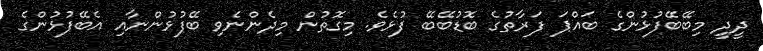
ދީދީ މިބޭބޭފުޅުންގެ ބައްޕަ ފަރާތުގެ ބޮޑުބޭބޭ ފުޅެވެ. މިގޮތުން މިދެންނެވި ބޭފުޅުންނާއި އެބޭފުޅުންގެ